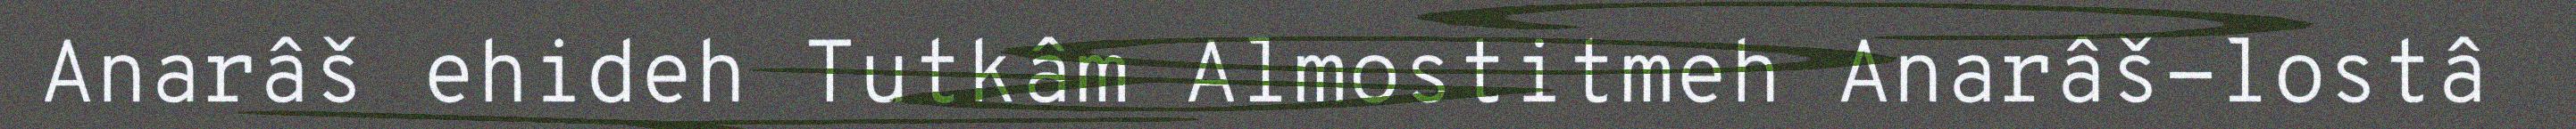
Anarâš ehideh Tutkâm Almostitmeh Anarâš-lostâ